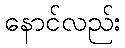
နောင်လည်း